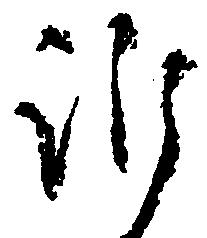
訴